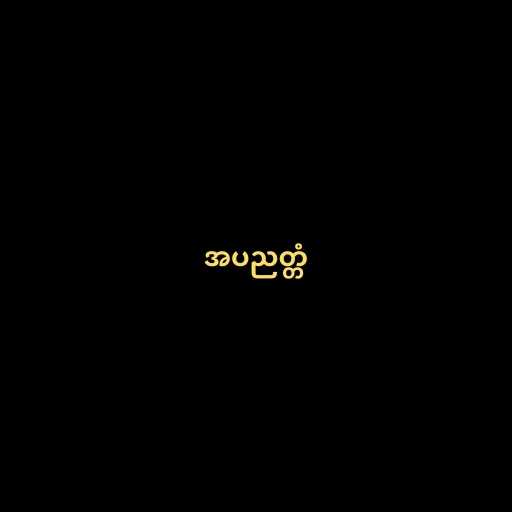
အပညတ္တံ